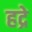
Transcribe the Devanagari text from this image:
हद्रे